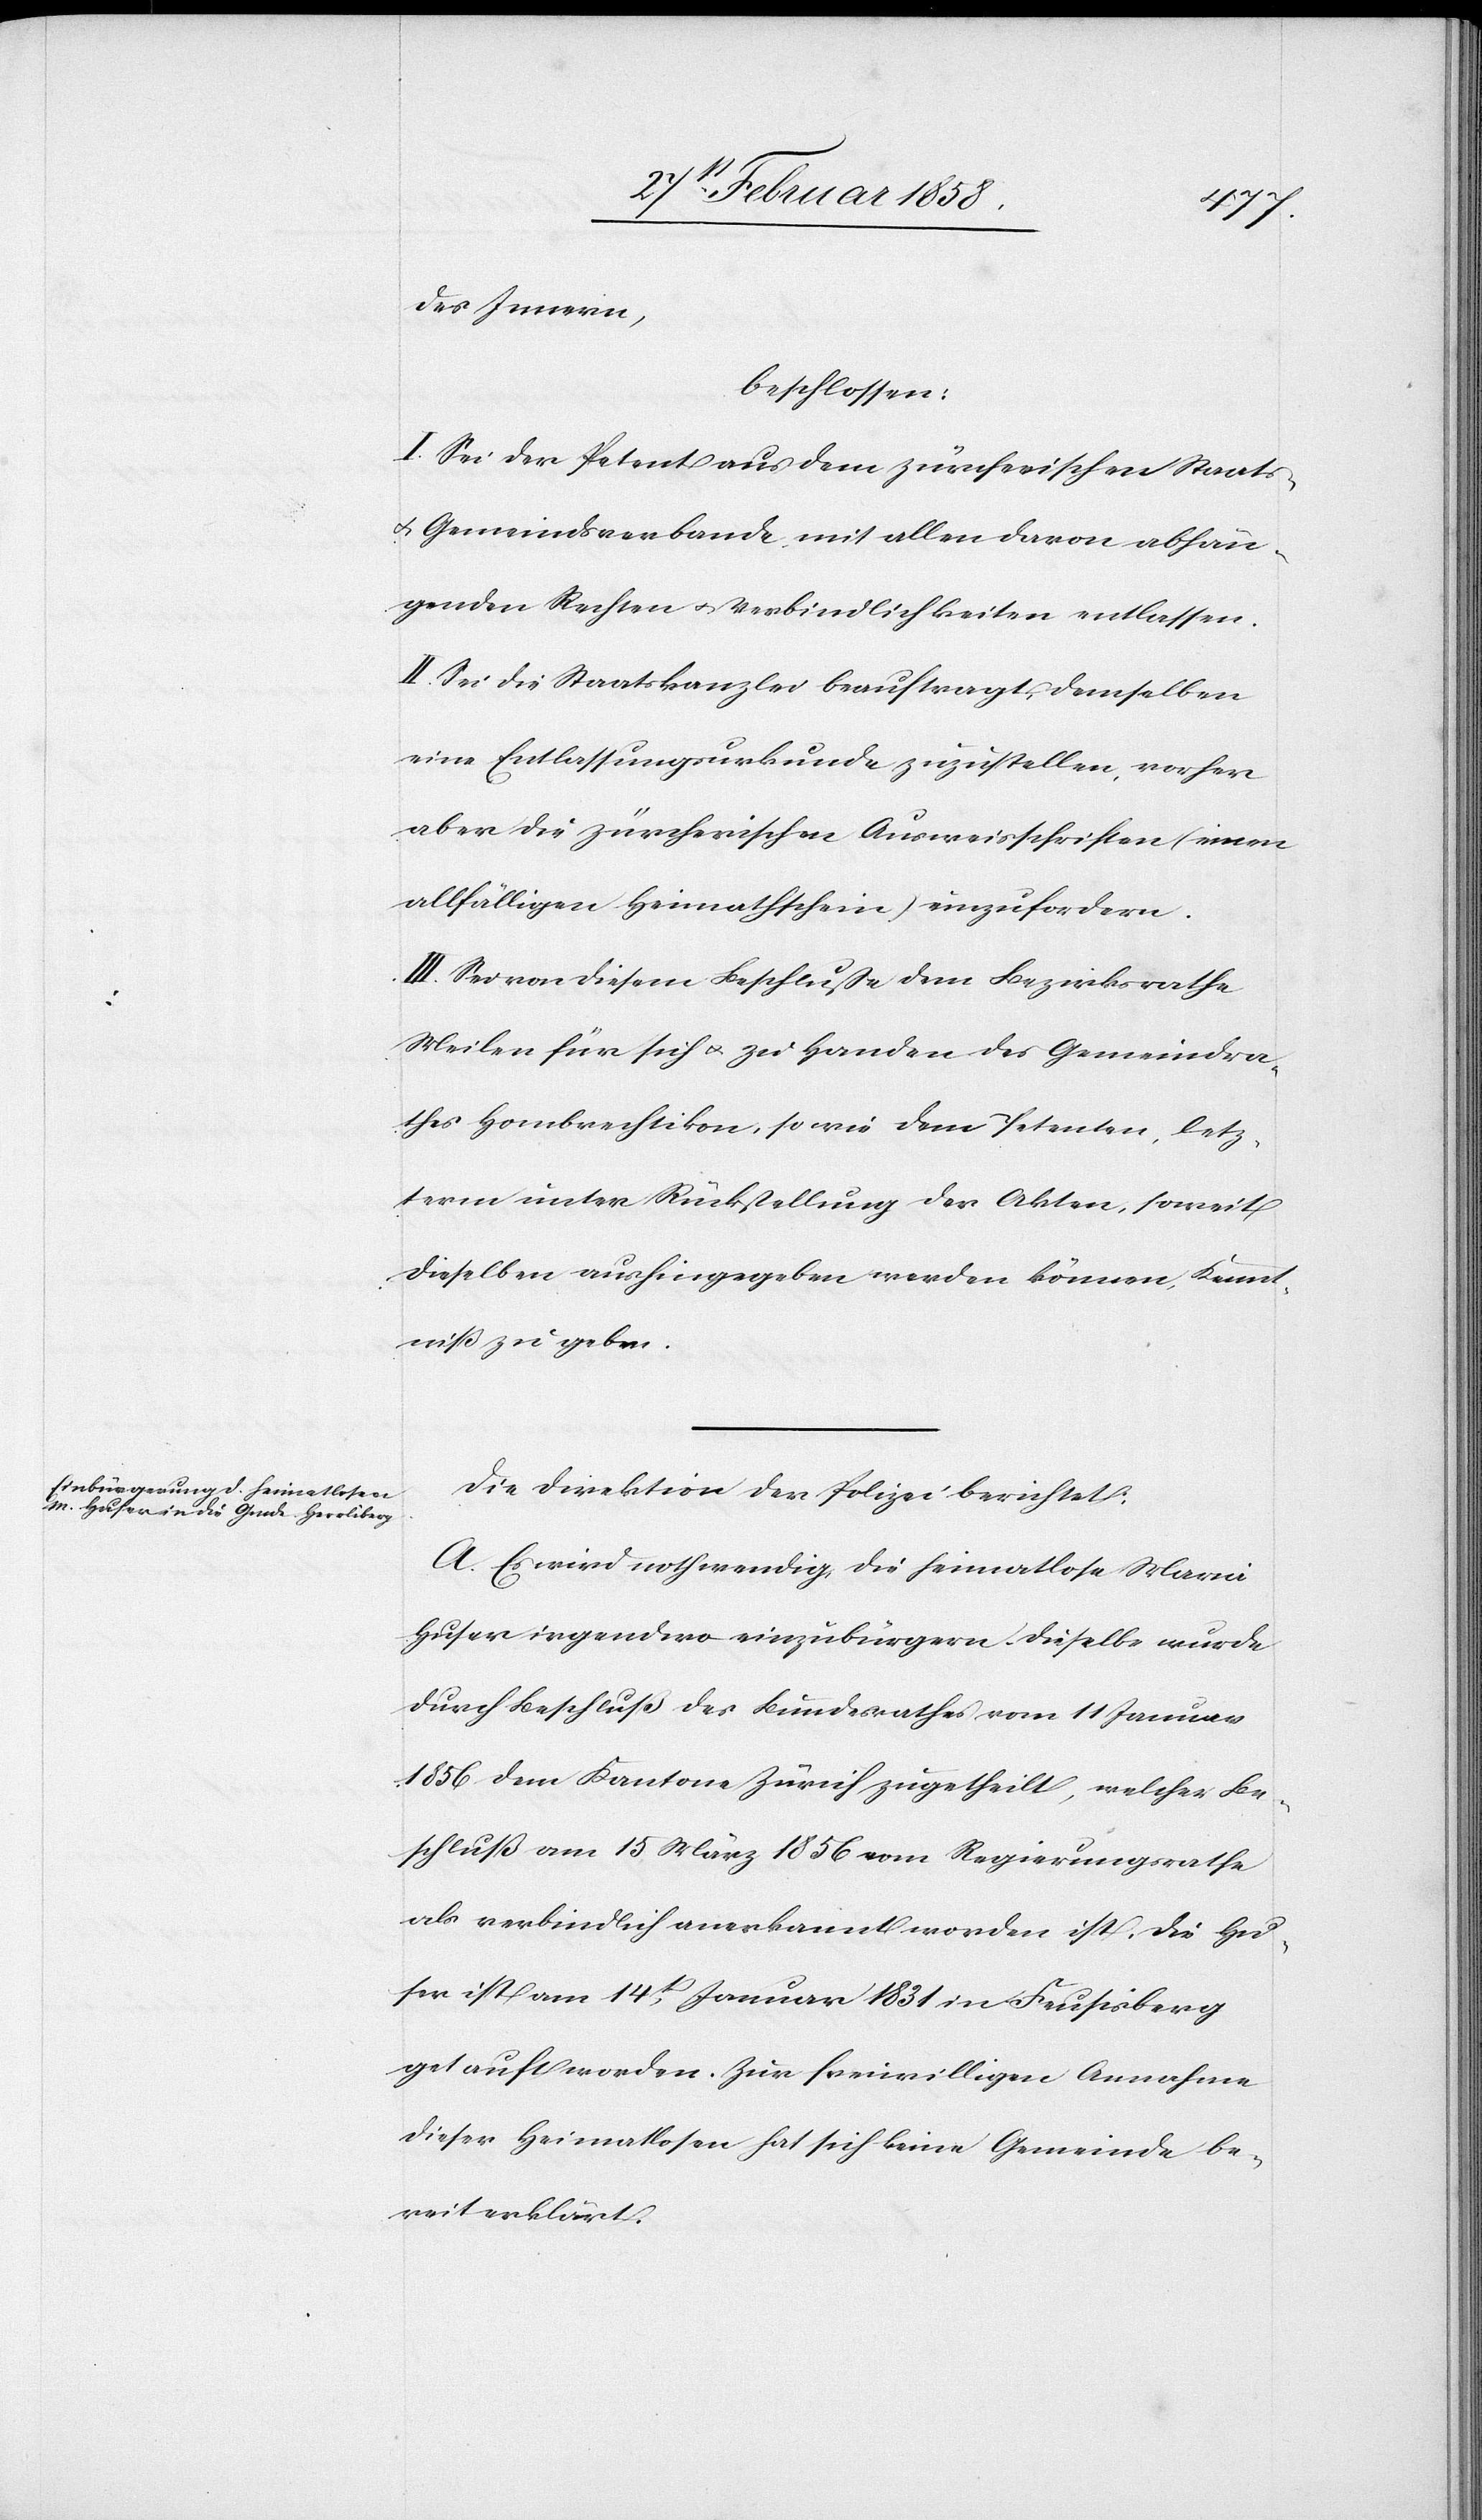
des Innern,
beschlossen:
I. Sei der Petent aus dem zürcherischen Staats-
u. Gemeindsverbande, mit allen davon abhän¬
genden Rechten u. Verbindlichkeiten entlassen.
II. Sei die Staatskanzlei beauftragt, demselben
eine Entlassungsurkunde zuzustellen, vorher
aber die zürcherischen Ausweisschriften (einen
allfälligen Heimathschein) einzufordern.
III. Sei von diesem Beschluße dem Bezirksrathe
Meilen für sich u. zu Handen des Gemeindra¬
thes Hombrechtikon, so wie dem Petenten, letz¬
term unter Rückstellung der Akten, soweit
dieselben aushingegeben werden können, Kennt¬
niß zu geben.
Die Direktion der Polizei berichtet:
A. Es wird nothwendig die heimatlose Maria
Huser irgendwo einzubürgern. Dieselbe wurde
durch Beschluß des Bundesrathes vom 11 Januar
1856 dem Kantone Zürich zugetheilt, welcher Be¬
schluß am 15 März 1856 vom Regierungsrathe
als verbindlich anerkannt worden ist. Die Hu¬
ser ist am 14t Januar 1831 in Feusisberg
getauft worden. Zur freiwilligen Annahme
dieser Heimatlosen hat sich keine Gemeinde be¬
reit erklärt.